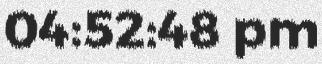
04:52:48 pm